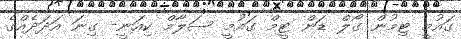
ގައުމީ ޓިމުން ގޯލް ޑަން ޓީމް ގައުމީ ސަލާމް ކިއަނީ- ގިނަ އަދަދެއްގެ